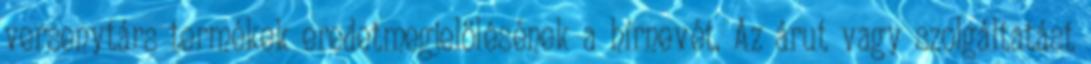
versenytárs termékek eredetmegjelölésének a hírnevét. Az árut vagy szolgáltatást